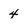
Character: 4